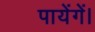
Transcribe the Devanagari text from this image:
पायेंगें।